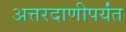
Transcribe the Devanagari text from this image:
अत्तरदाणीपर्यंत